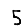
Digit: 5